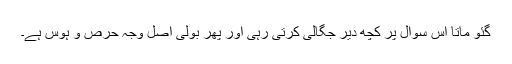
گئو ماتا اس سوال پر کچھ دیر جگالی کرتی رہی اور پھر بولی اصل وجہ حرص و ہوس ہے۔